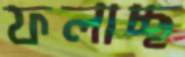
ফলাচ্ছ